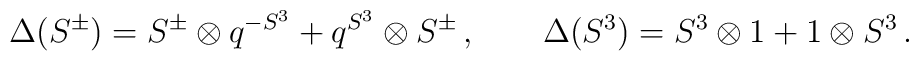
\Delta(S^\pm) = S^\pm \otimes q^{-S^3} + q^{S^3} \otimes S^\pm \,, \qquad \Delta(S^3) = S^3 \otimes 1 + 1 \otimes S^3 \,.